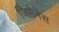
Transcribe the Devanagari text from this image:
जिमेनेस